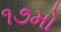
૧૭મો